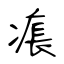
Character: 痮